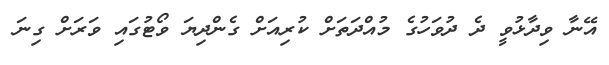
އޭނާ ވިދާޅުވީ ދެ ދުވަހުގެ މުއްދަތަށް ކުރިއަށް ގެންދިޔަ ވޯޓުގައި ވަރަށް ގިނަ